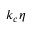
{ { k } _ { c } } \eta